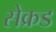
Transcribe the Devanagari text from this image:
सेक्रड